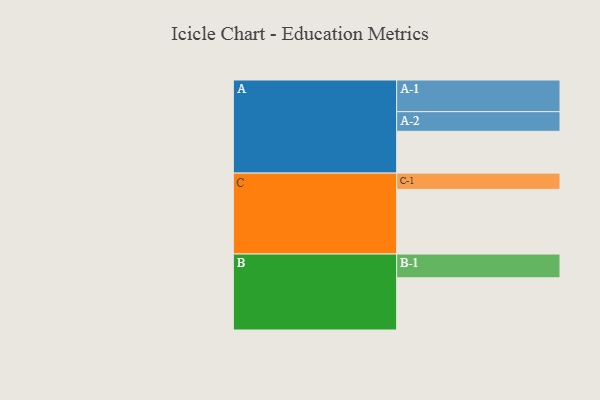
{"axis": {"x": "Segment", "y": "Value"}, "legend": ["", "A", "B", "C"], "data": [{"x": "A", "y": 383, "type": ""}, {"x": "B", "y": 478, "type": ""}, {"x": "C", "y": 592, "type": ""}, {"x": "A-1", "y": 290, "type": "A"}, {"x": "A-2", "y": 180, "type": "A"}, {"x": "B-1", "y": 218, "type": "B"}, {"x": "C-1", "y": 149, "type": "C"}]}